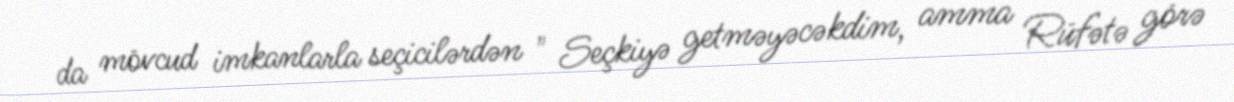
da mövcud imkanlarla seçicilərdən " Seçkiyə getməyəcəkdim, amma Rüfətə görə